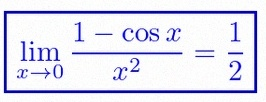
\lim_{x\to0}\frac{1-\cos x}{x^2}=\frac12